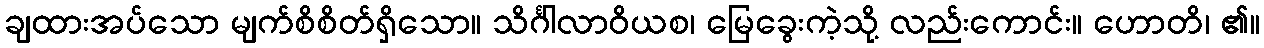
ချထားအပ်သော မျက်စိစိတ်ရှိသော။ သိင်္ဂါလာဝိယစ၊ မြေခွေးကဲ့သို့ လည်းကောင်း။ ဟောတိ၊ ၏။